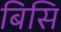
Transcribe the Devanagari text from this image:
बिसि